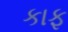
કાફ